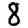
Digit: 8